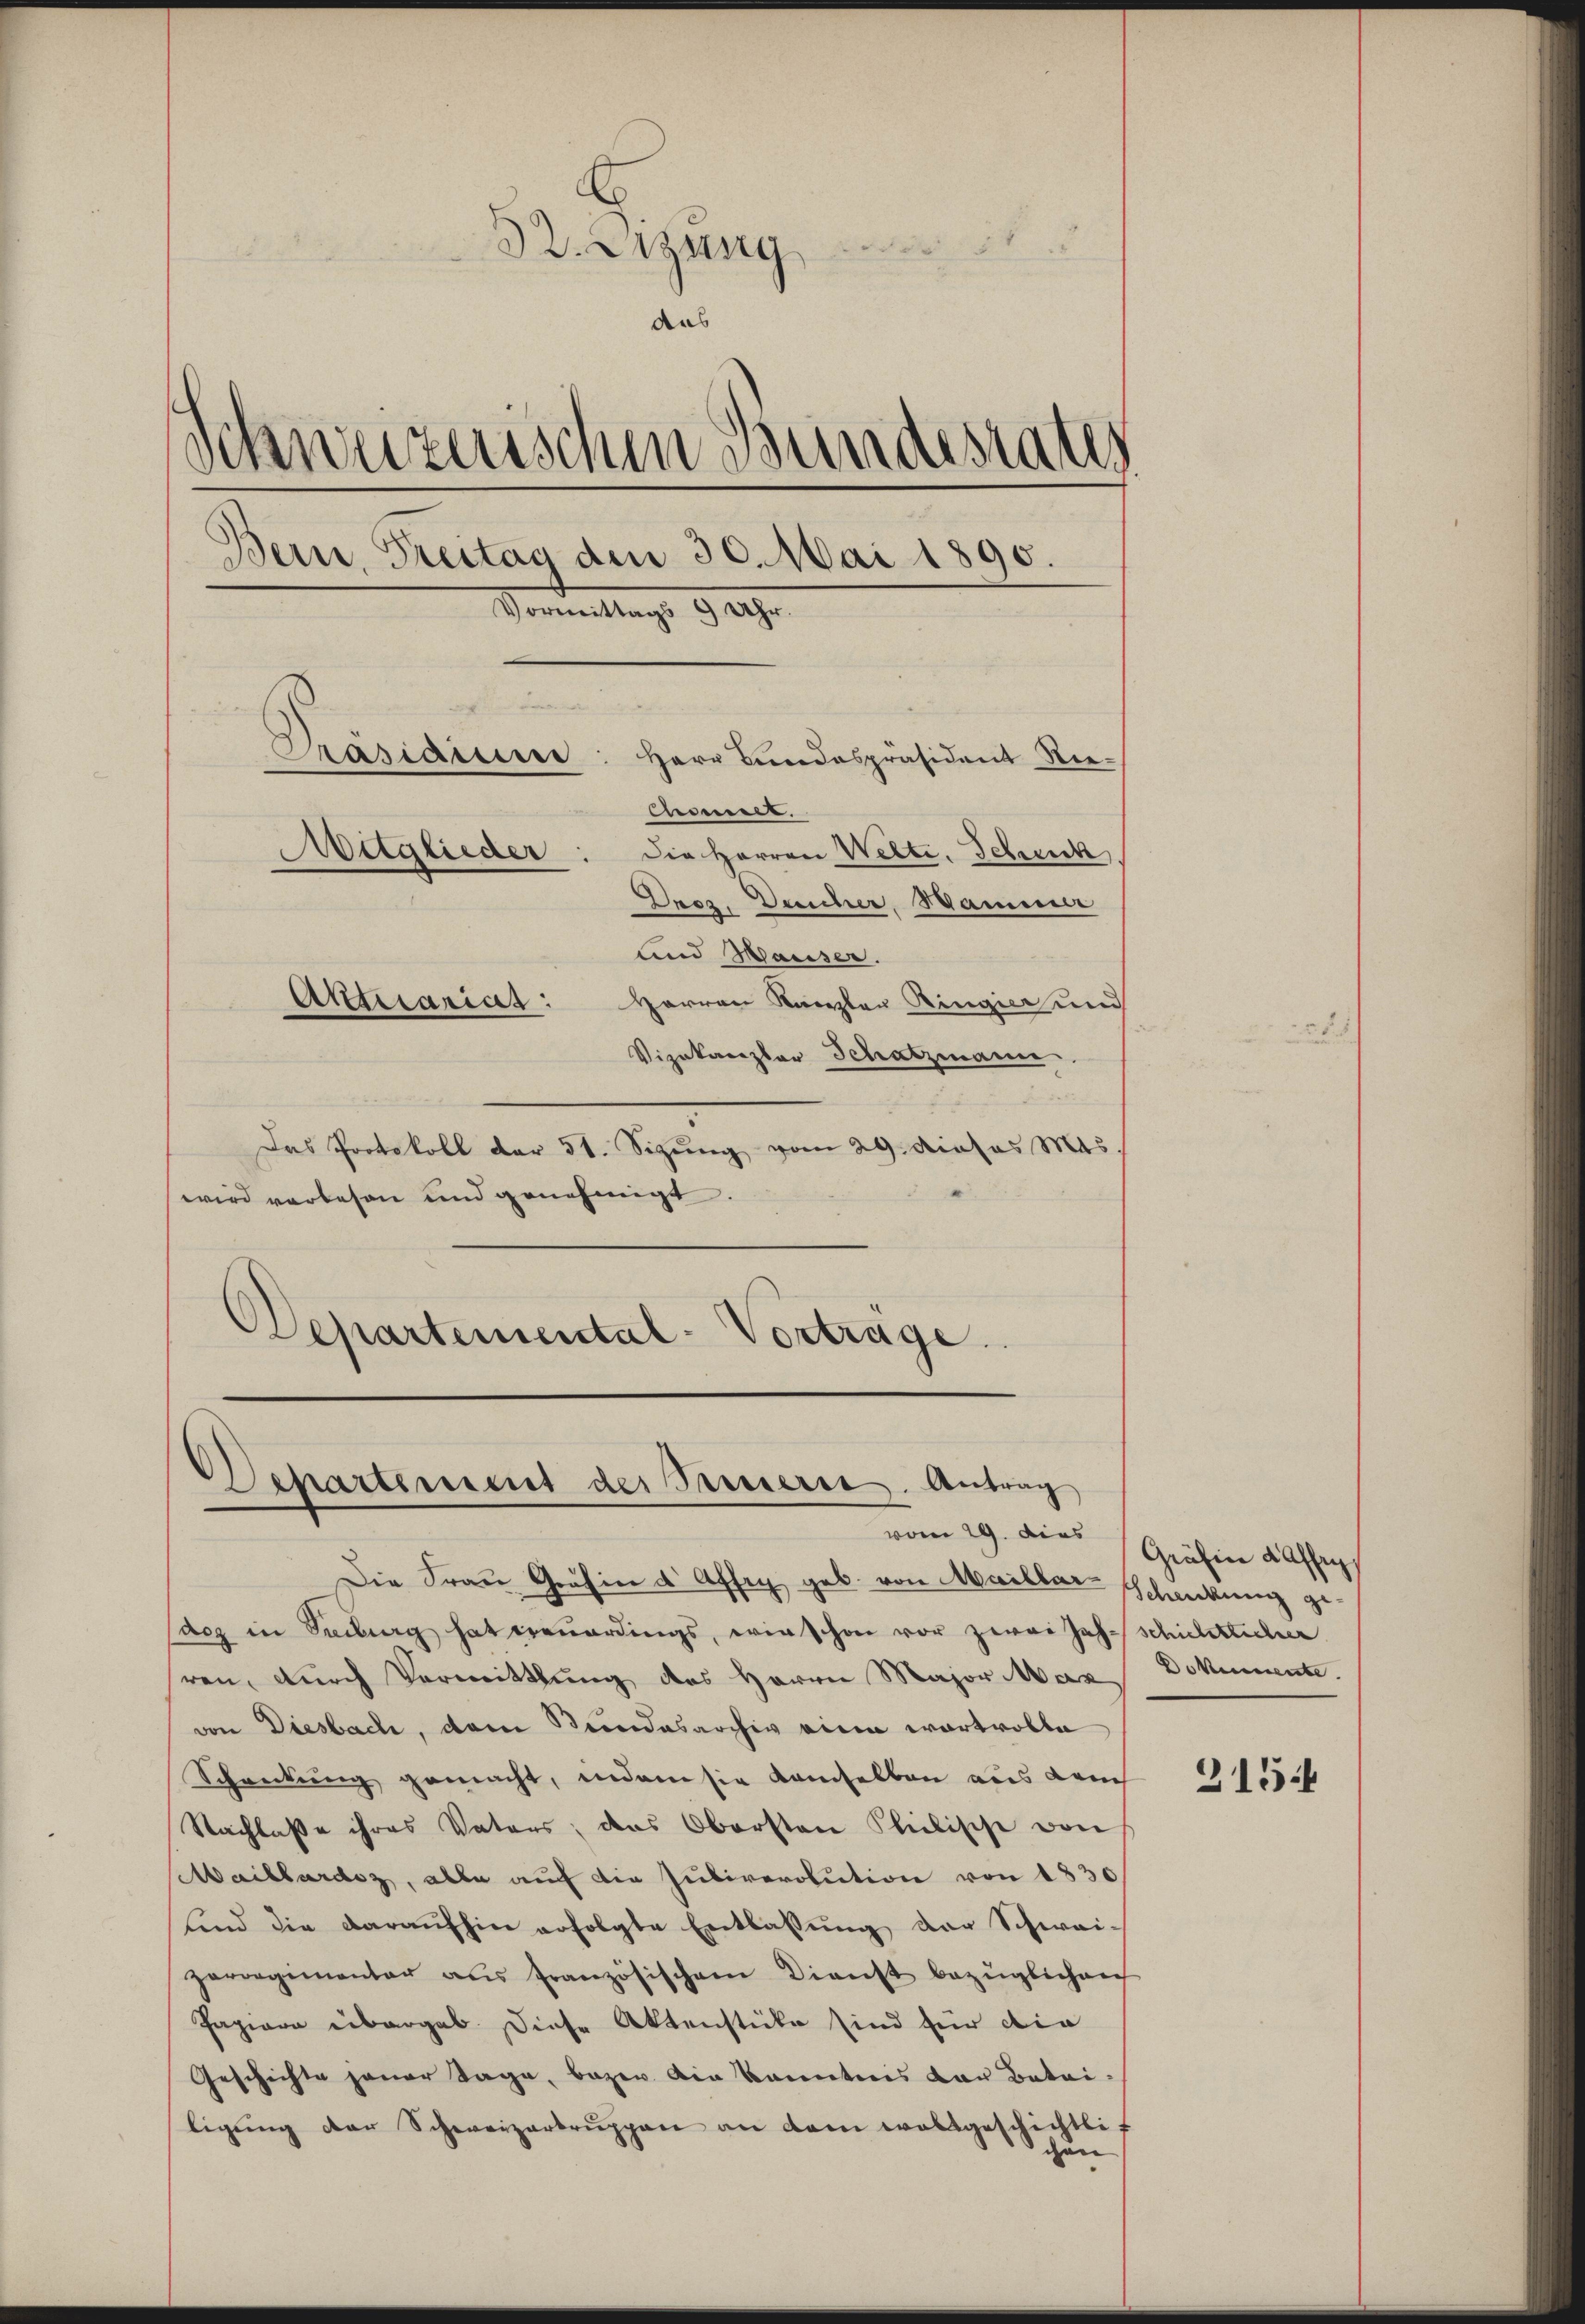
32. Dizung
aas
Schweizerischen Bundesrates
Bern, Treitag den 30. Mai 1890.
Vormittags 9 209.
Präsidium: Herr Bundespräsident Rie¬
Comet.
Mitglieder: die Herren Welte, Schmuck.
Drez. Deucher, Hammer
und Hauser.
Aktuarias:
Herren Kanzler Ringier und
Vizekanzler Schatzmann

Das Protokoll der 51. Sizung vom 29. dieses 145.
wird vorlesen und genehmigt.
Departemental-Vorträge.

Sepertement der Presserre. Antrag

Die Frau Gräfin d Affig geb. von Marillar-Schreckung ge
acz in Freiburg hat treuerdings, wie schon vor zwei Jahrschichtlicher
ren, durch Vermittlung des Herrn Major Max Dokumente
von Diesbach, dem Bundesarchiv eine wertvolle
Schreckung gemacht, indem sie kamselben aus Lauch
Nachlasse ihres Vaters, das Obersten Philische von
Maillardoz, alle auf die Jubirerolution von 1830
sind die daraufhin erfolgte Entlaßung der Schwei-
zerregimentar aus französischen Dienst bezüglichen
Papiere übergab diese Aktenstücke sind für die
Geschichte jener Tage, bezw. Die kanntnis der Batailigŭng der Schweizerbrŭppen an dem waltgeschichtli
cen

vom 29. Dies Gräben daffig

315